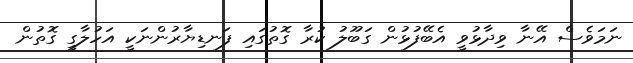
ނަމަވެސް އޭނާ ވިދާޅުވީ އެބޭފުޅުން ގަބޫލު ކުރާ ގޮތުގައި ފަނޑިޔާރުންނަކީ އަހުލާގީ ގޮތުން